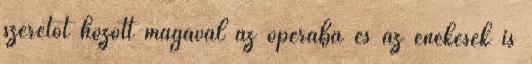
szeretőt hozott magával az operába és az énekesek is